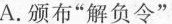
A.颁布”解负令”